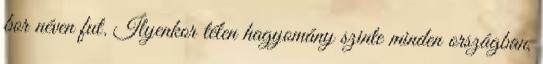
bor néven fut. Ilyenkor télen hagyomány szinte minden országban,